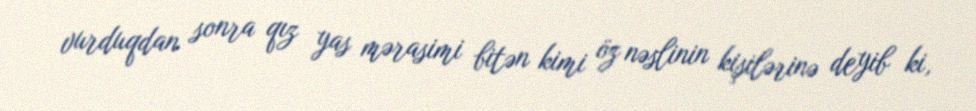
vurduqdan sonra qız yas mərasimi bitən kimi öz nəslinin kişilərinə deyib ki,